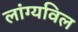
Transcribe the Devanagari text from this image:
लांग्यविल